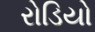
રોડિયો